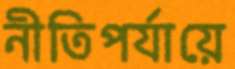
নীতিপর্যায়ে